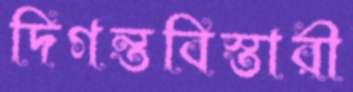
দিগন্তবিস্তারী